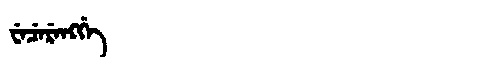
Manchu: ᠸᡝᠴᡝᡵᡝᠩᡤᡝ
Romanization: WECERENGGE